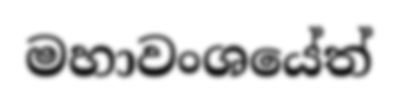
මහාවංශයේත්